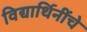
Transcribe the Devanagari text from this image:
विद्यार्थिनींचे